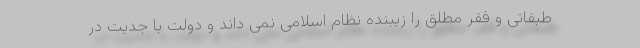
طبقاتی و فقر مطلق را زیبنده نظام اسلامی نمی داند و دولت با جدیت در